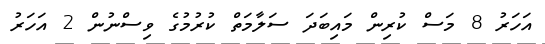
އަހަރު 8 މަސް ކުރިން މައިބަދަ ސަލާމަތް ކުރުމުގެ ވިސްނުން 2 އަހަރު